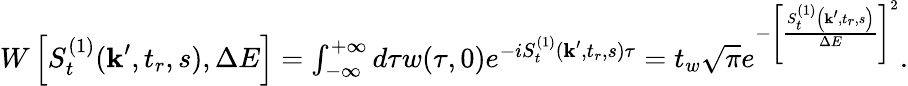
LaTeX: \begin{array}{r}{W\left[S_{t}^{(1)}(\textbf{k}^{\prime},t_{r},s),\Delta E\right]=\int_{-\infty}^{+\infty}d\tau w(\tau,0)e^{-iS_{t}^{(1)}(\textbf{k}^{\prime},t_{r},s)\tau}=t_{w}\sqrt{\pi}e^{-\left[\frac{S_{t}^{(1)}\left(\textbf{k}^{\prime},t_{r},s\right)}{\Delta E}\right]^{2}}.}\end{array}